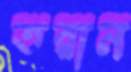
তরান